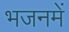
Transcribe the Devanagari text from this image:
भजनमें